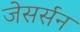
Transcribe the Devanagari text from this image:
जेसर्सन